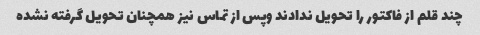
چند قلم از فاکتور را تحویل ندادند وپس از تماس نیز همچنان تحویل گرفته نشده